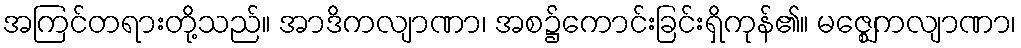
အကြင်တရားတို့သည်။ အာဒိကလျာဏာ၊ အစ၌ကောင်းခြင်းရှိကုန်၏။ မဇ္ဈေကလျာဏာ၊